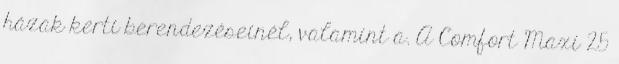
házak kerti berendezéseinél, valamint a. A Comfort Maxi 25